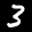
Label: 3